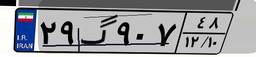
۲۹گ۹۰۷۴۸